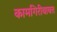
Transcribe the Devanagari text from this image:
कामगिरीबाबत